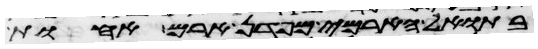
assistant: בתואל הארמי מפדן ארם אחות